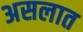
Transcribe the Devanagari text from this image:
असलात